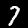
Label: 7